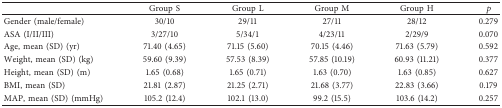
<table><thead><tr><td><b> </b></td><td><b>Group S</b></td><td><b>Group L</b></td><td><b>Group M</b></td><td><b>Group H</b></td><td><b><i>p</i></b></td></tr></thead><tbody><tr><td>Gender (male/female)</td><td>30/10</td><td>29/11</td><td>27/11</td><td>28/12</td><td>0.279</td></tr><tr><td>ASA (I/II/III)</td><td>3/27/10</td><td>5/34/1</td><td>4/23/11</td><td>2/29/9</td><td>0.070</td></tr><tr><td>Age, mean (SD) (yr)</td><td>71.40 (4.65)</td><td>71.15 (5.60)</td><td>70.15 (4.46)</td><td>71.63 (5.79)</td><td>0.592</td></tr><tr><td>Weight, mean (SD) (kg)</td><td>59.60 (9.39)</td><td>57.53 (8.39)</td><td>57.85 (10.19)</td><td>60.93 (11.21)</td><td>0.377</td></tr><tr><td>Height, mean (SD) (m)</td><td>1.65 (0.68)</td><td>1.65 (0.71)</td><td>1.63 (0.70)</td><td>1.63 (0.85)</td><td>0.627</td></tr><tr><td>BMI, mean (SD)</td><td>21.81 (2.87)</td><td>21.25 (2.71)</td><td>21.68 (3.77)</td><td>22.83 (3.66)</td><td>0.179</td></tr><tr><td>MAP, mean (SD) (mmHg)</td><td>105.2 (12.4)</td><td>102.1 (13.0)</td><td>99.2 (15.5)</td><td>103.6 (14.2)</td><td>0.257</td></tr></tbody></table>